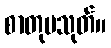
စာတုမသုတ်။